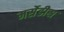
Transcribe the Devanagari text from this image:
मर्सेडीस